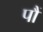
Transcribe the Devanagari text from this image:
पौं